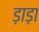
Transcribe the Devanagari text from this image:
ड़ाड़ा